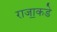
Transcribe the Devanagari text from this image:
राजा॒कडे